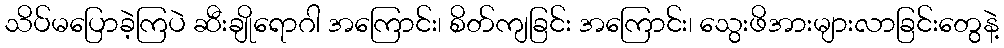
သိပ်မပြောခဲ့ကြပဲ ဆီးချိုရောဂါ အကြောင်း၊ စိတ်ကျခြင်း အကြောင်း၊ သွေးဖိအားများလာခြင်းတွေနဲ့